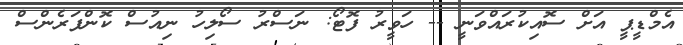
އެމްޑީޕީ އަށް ސޮއިކުރައްވަނީ -- ހަވީރު ފޮޓޯ: ނަސްރު ސޯލިހު ނިއުސް ކޮންފަރެންސް